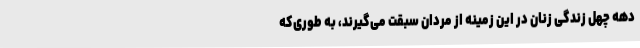
دهه چهل زندگی زنان در این زمینه از مردان سبقت می‌گیرند، به طوری‌که